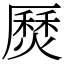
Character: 㷴